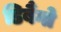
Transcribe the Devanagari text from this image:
डिबैंगो